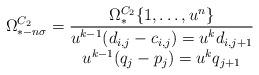
LaTeX: \begin{align*}\Omega^{C_2}_{*-n\sigma} = \dfrac{\Omega^{C_2}_*\{1,\dots,u^n\}}{ \begin{matrix} u^{k-1} (d_{i,j}-c_{i,j}) = u^k d_{i,j+1} \\ u^{k-1}(q_j-p_j) = u^kq_{j+1} \end{matrix} }\end{align*}